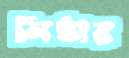
নিষ্ঠার